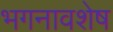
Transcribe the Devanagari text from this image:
भगनावशेष